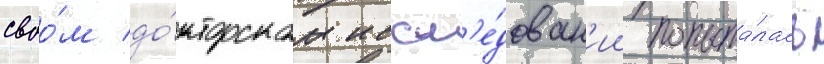
своо́м до́кторском иссл'е́дован'ии попыта́лась